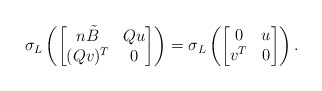
\begin{align*}\sigma_L\left(\begin{bmatrix}n\tilde{B}&Qu\\(Qv)^T&0\end{bmatrix}\right) = \sigma_L\left(\begin{bmatrix}0&u\\v^T&0\end{bmatrix}\right).\end{align*}